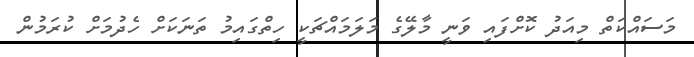
މަސައްކަތް މިއަދު ކޮށްފައި ވަނީ މާލޭގެ މަލަމައްޗަކީ ހިތްގައިމު ތަނަކަށް ހެދުމަށް ކުރަމުން